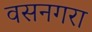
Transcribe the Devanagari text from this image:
वसनगरा